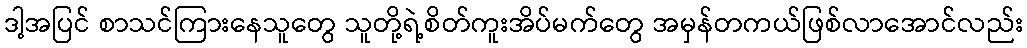
ဒါ့အပြင် စာသင်ကြားနေသူတွေ သူတို့ရဲ့စိတ်ကူးအိပ်မက်တွေ အမှန်တကယ်ဖြစ်လာအောင်လည်း